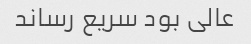
عالی بود سریع رساند